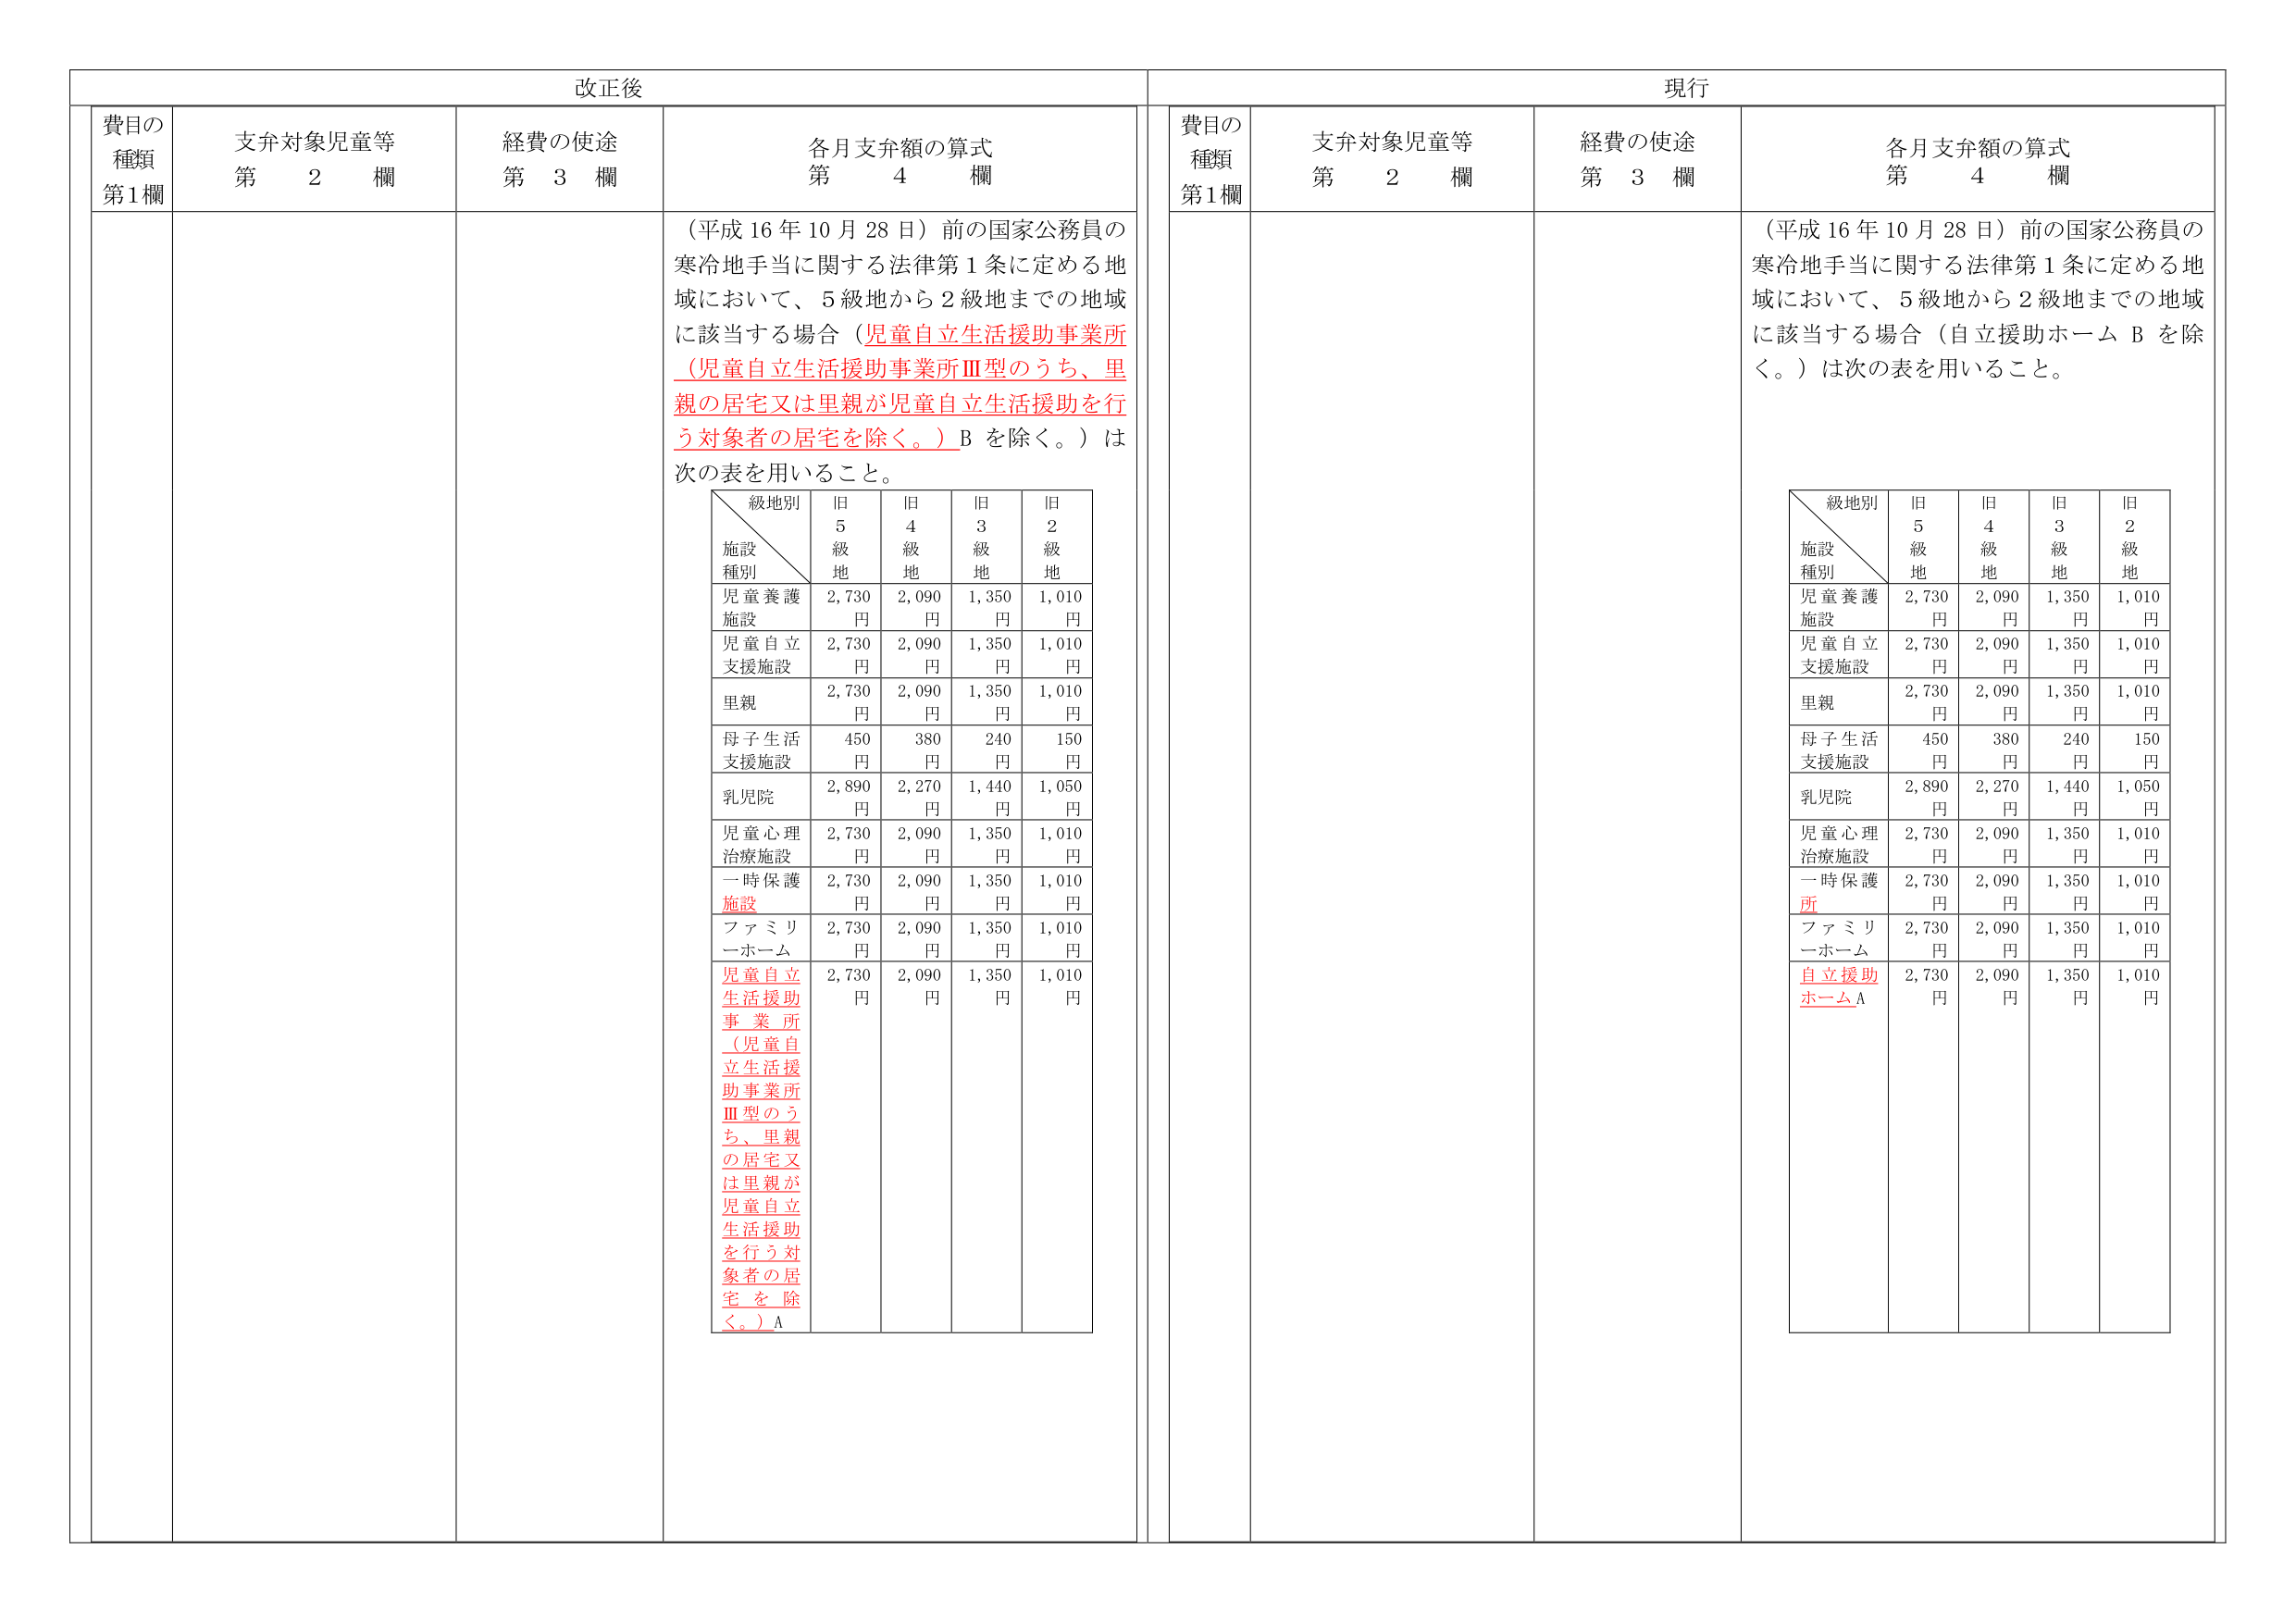
改正後

費目の
種類
第1欄

支弁対象児童等
第　2　欄

経費の使途
第　3　欄

各月支弁額の算式
第　4　欄

（平成16年10月28日）前の国家公務員の
寒冷地手当に関する法律第1条に定める地
域において、5級地から2級地までの地域
に該当する場合（児童自立生活援助事業所
（児童自立生活援助事業所Ⅲ型のうち、里
親の居宅又は里親が児童自立生活援助を行
う対象者の居宅を除く。）Bを除く。）は
次の表を用いること。

　　＼級地別
　　施設
　　種別　／　旧5級地　　旧4級地　　旧3級地　　旧2級地
児童養護施設　　2,730円　　2,090円　　1,350円　　1,010円
児童自立支援施設　　2,730円　　2,090円　　1,350円　　1,010円
里親　　2,730円　　2,090円　　1,350円　　1,010円
母子生活支援施設　　450円　　380円　　240円　　150円
乳児院　　2,890円　　2,270円　　1,440円　　1,050円
児童心理治療施設　　2,730円　　2,090円　　1,350円　　1,010円
一時保護施設　　2,730円　　2,090円　　1,350円　　1,010円
ファミリーホーム　　2,730円　　2,090円　　1,350円　　1,010円
児童自立生活援助事業所
（児童自立生活援助事業所Ⅲ型のうち、里親の居宅又は里親が児童自立生活援助を行う対象者の居宅を除く。）A　　2,730円　　2,090円　　1,350円　　1,010円

現行

費目の
種類
第1欄

支弁対象児童等
第　2　欄

経費の使途
第　3　欄

各月支弁額の算式
第　4　欄

（平成16年10月28日）前の国家公務員の
寒冷地手当に関する法律第1条に定める地
域において、5級地から2級地までの地域
に該当する場合（自立援助ホームBを除く。）は次の表を用いること。

　　＼級地別
　　施設
　　種別　／　旧5級地　　旧4級地　　旧3級地　　旧2級地
児童養護施設　　2,730円　　2,090円　　1,350円　　1,010円
児童自立支援施設　　2,730円　　2,090円　　1,350円　　1,010円
里親　　2,730円　　2,090円　　1,350円　　1,010円
母子生活支援施設　　450円　　380円　　240円　　150円
乳児院　　2,890円　　2,270円　　1,440円　　1,050円
児童心理治療施設　　2,730円　　2,090円　　1,350円　　1,010円
一時保護施設　　2,730円　　2,090円　　1,350円　　1,010円
ファミリーホーム　　2,730円　　2,090円　　1,350円　　1,010円
自立援助ホームA　　2,730円　　2,090円　　1,350円　　1,010円